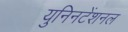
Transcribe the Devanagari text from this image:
युनिनटेंशनल